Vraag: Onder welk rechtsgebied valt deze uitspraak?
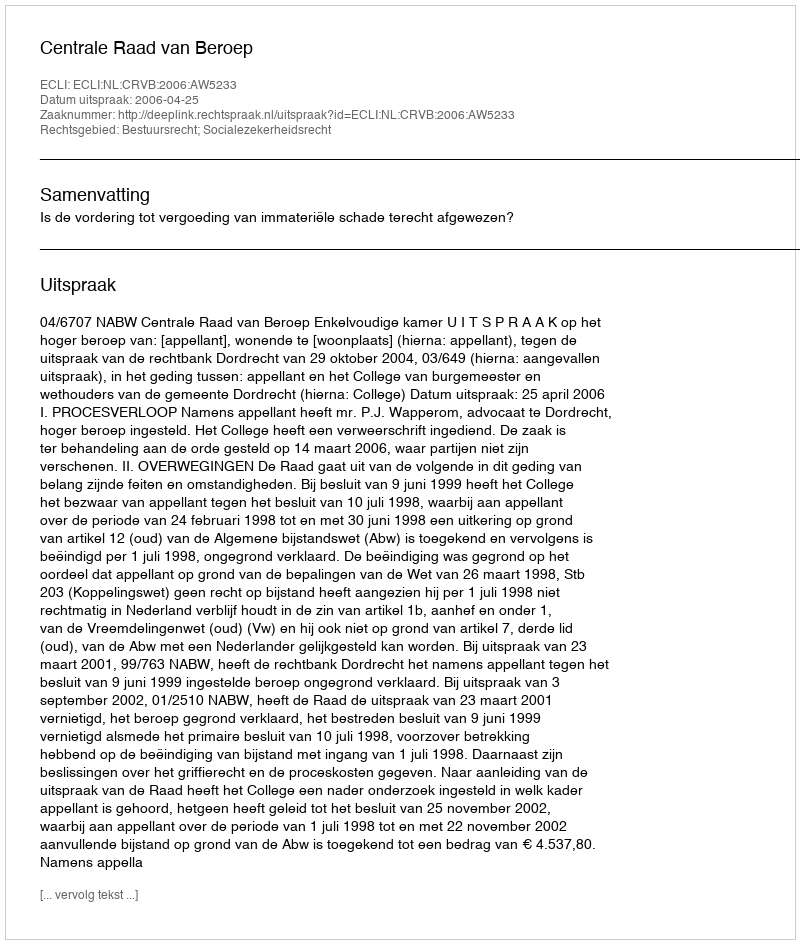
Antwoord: Bestuursrecht; Socialezekerheidsrecht